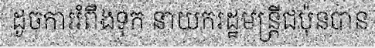
ដូចការរំពឹងទុក នាយករដ្ឋមន្ត្រីជប៉ុនបាន